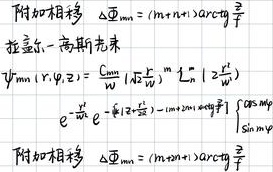
\[
\begin{align*}
&\text{附加相移} \quad \Delta \varPhi_{mn}=(m + n + 1)\arctan\frac{z}{f}\\
&\text{拉盖尔 - 高斯光束}\\
&\psi_{mn}(r,\varphi,z)=\frac{C_{mn}}{w}\left(\frac{\sqrt{2}r}{w}\right)^m L_n^m\left(\frac{2r^2}{w^2}\right)\\
&\quad e^{-\frac{r^2}{w^2}}e^{-i\left(kz + \frac{k r^2}{2R(z)} - (m + 2n + 1)\arctan\frac{z}{f}\right)}\begin{cases}
\cos m\varphi\\
\sin m\varphi
\end{cases}\\
&\text{附加相移} \quad \Delta \varPhi_{mn}=(m + n + 1)\arctan\frac{z}{f}
\end{align*}
\]